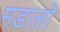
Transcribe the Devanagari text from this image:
मडालो